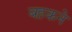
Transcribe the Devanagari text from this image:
बहकने